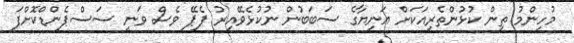
މުހިންމު ތިން ކުޅުންތެރިއަކަށް އަނިޔާގެ ސަބަބުން ނުކުޅެވޭއިރު ޕެޕޭ ވެސް ވަނީ ސަސްޕެންޑްކޮށްފަ